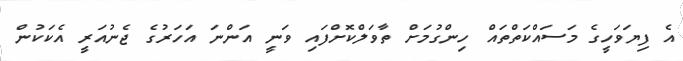
އެ ފިޔަވަހީގެ މަސައްކަތްތައް ހިންގުމަށް ތާވަލްކޮށްފައި ވަނީ އަންނަ އަހަރުގެ ޖެނުއަރީ އެކަކުން